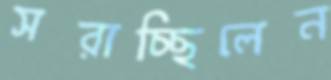
সরাচ্ছিলেন